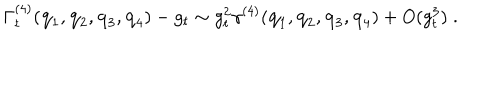
LaTeX: \Gamma _ { t } ^ { ( 4 ) } ( { \bf { q } } _ { 1 } , { \bf { q } } _ { 2 } , { \bf { q } } _ { 3 } , { \bf { q } } _ { 4 } ) - g _ { t } \sim g _ { t } ^ { 2 } \gamma ^ { ( 4 ) } ( { \bf { q } } _ { 1 } , { \bf { q } } _ { 2 } , { \bf { q } } _ { 3 } , { \bf { q } } _ { 4 } ) + O ( g _ { t } ^ { 3 } ) \; .